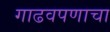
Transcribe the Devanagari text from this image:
गाढवपणाचा